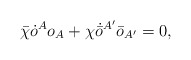
\begin{align*}\bar{\chi}\dot{o}^A o_A + \chi\dot{\bar{o}}{}^{A'}\bar{o}_{A'} = 0,\end{align*}